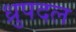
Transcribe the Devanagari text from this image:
ध्रुपदल